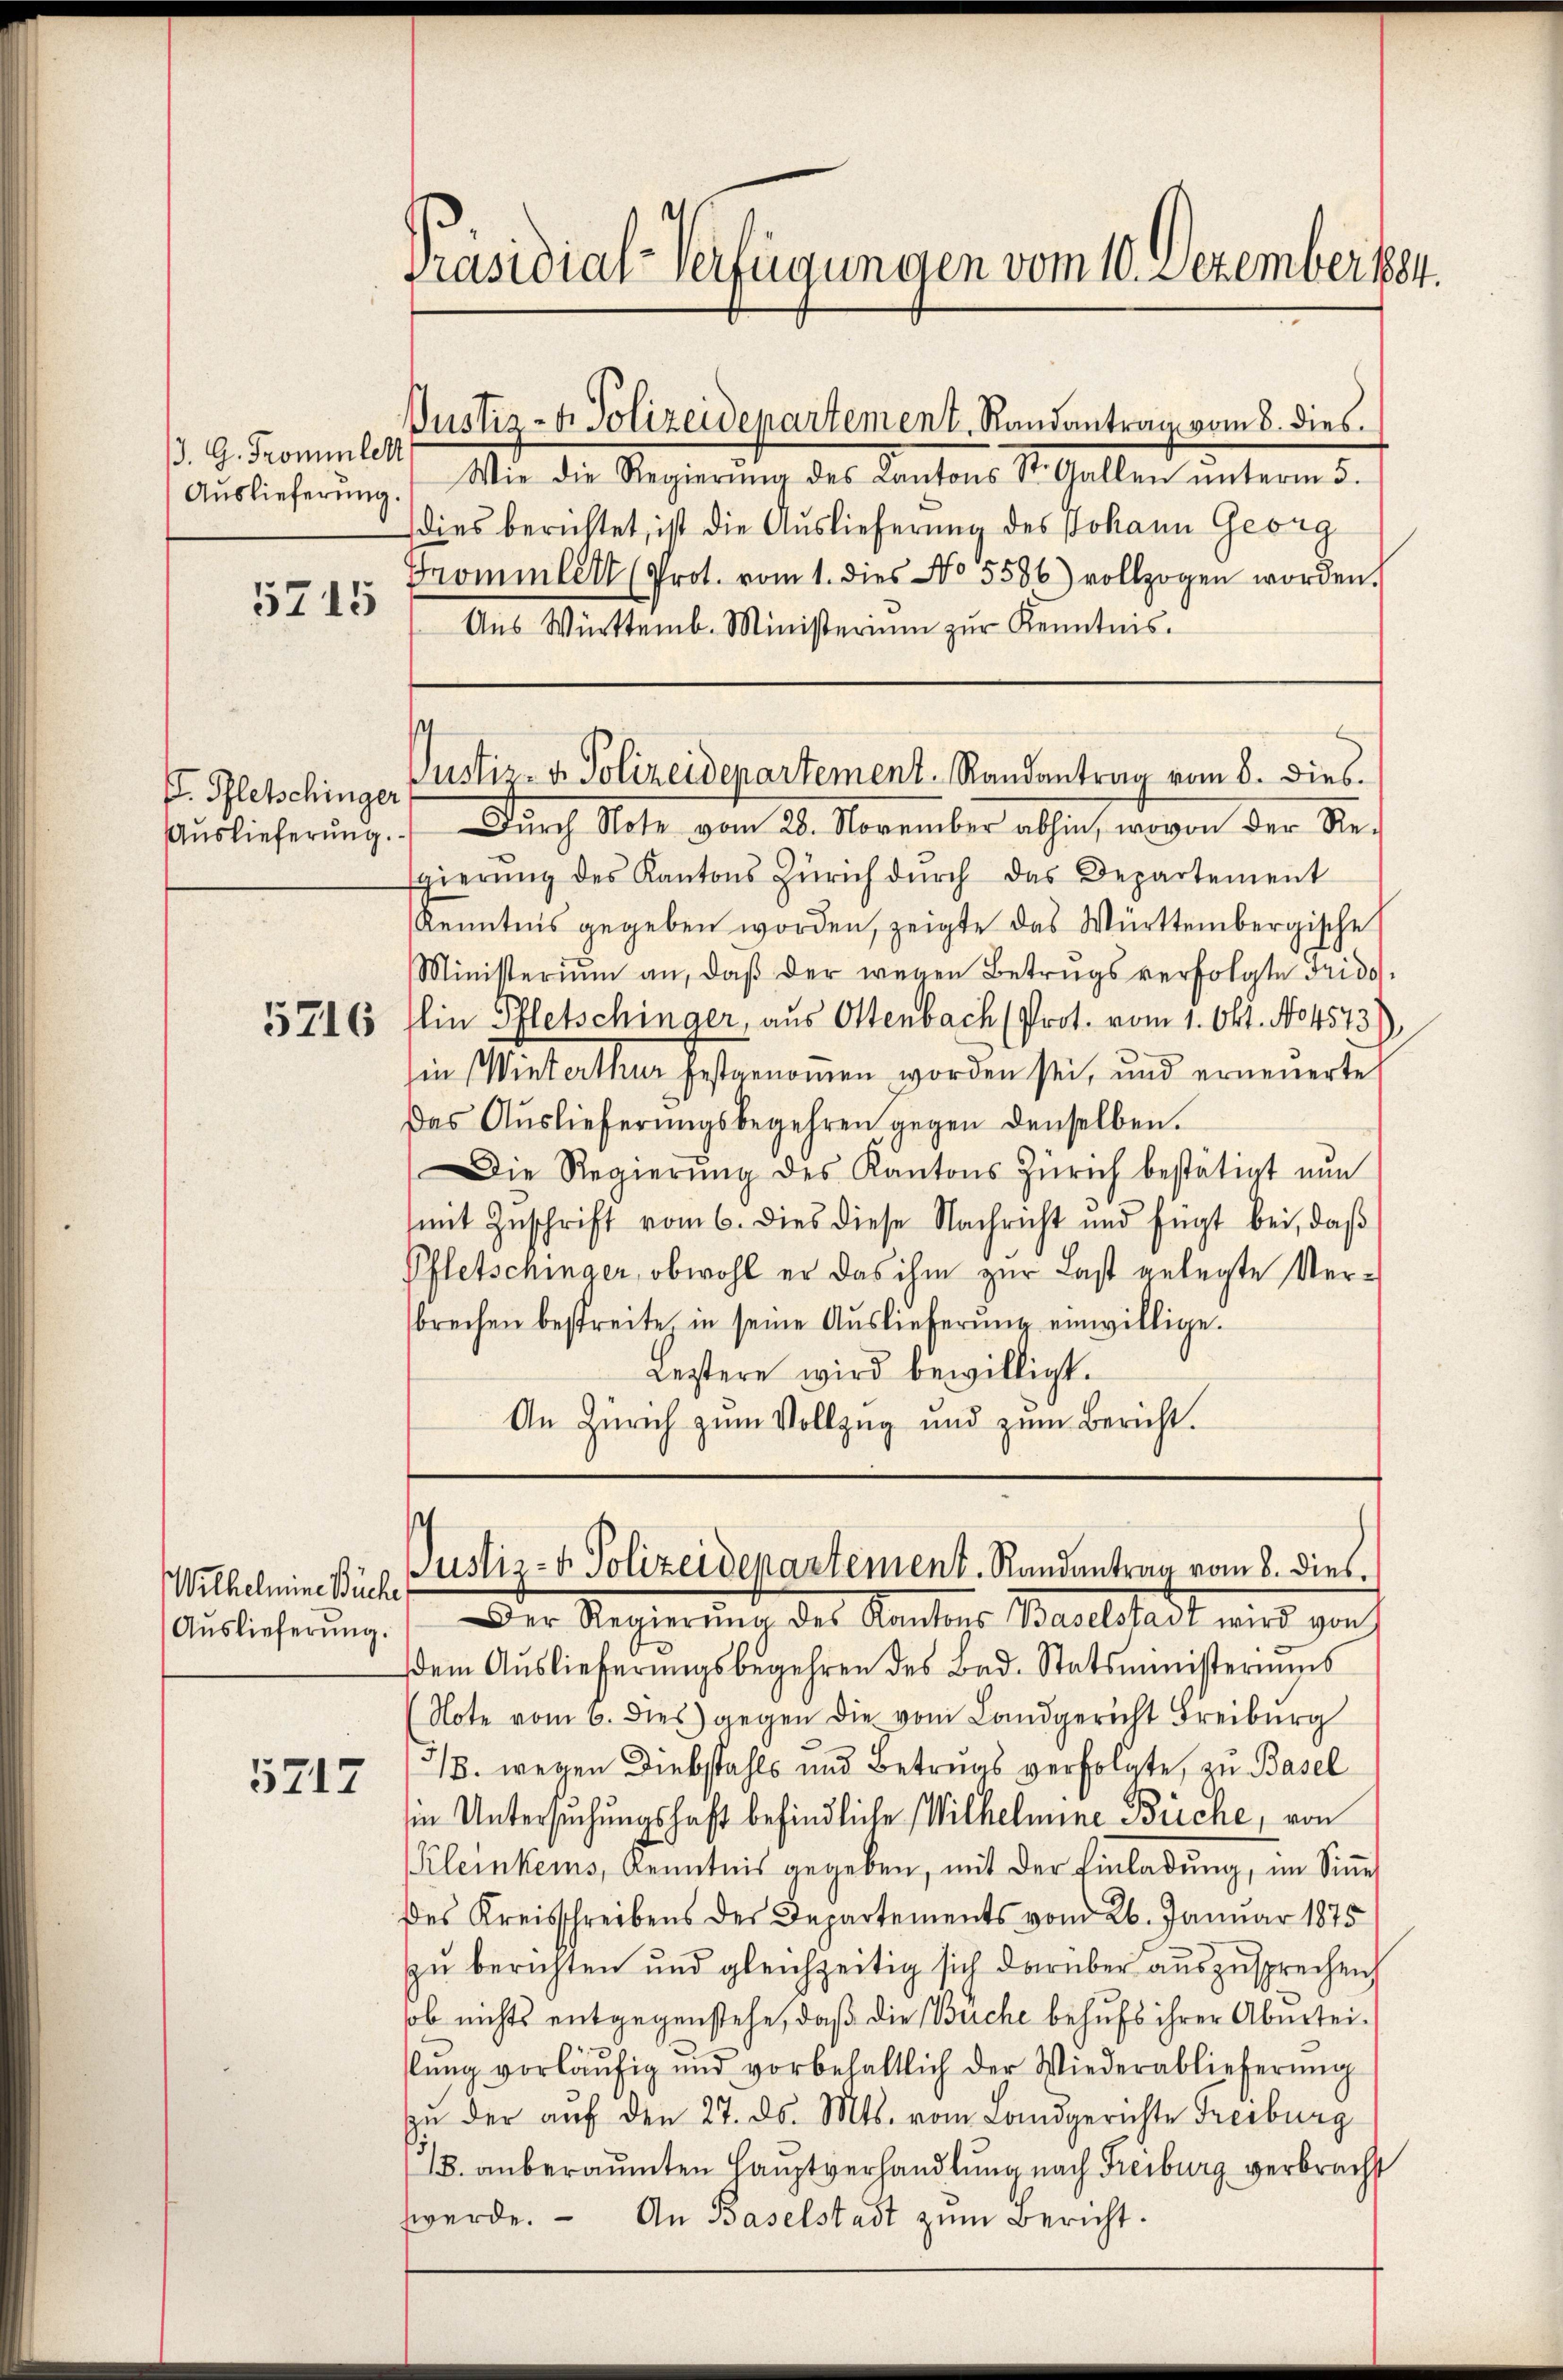
5745

5716

Wilhelmine Büche,
Auslieferung.

5717

Präsidial-Verfügungen vom 10. Dezember 1884.

/3. G. Trominelt

. Pfletschinger

Justiz- & Polizeidepartement, Randantrag vom 8. dies

Aŭslieferŭng. Wie die Regierŭng des Kantons St. Gallen ŭnterm 5.
dies berichtet, ist die Auslieferung des Johann Georg
Grommler (Prot. vom 1. dies No 5586) vollzogen worden.
Aus Württemb. Ministerium zur Kenntnis.

Aŭslieferŭng.  Dŭrch Note vom 28. November abhin, wovon der Re-
sgierŭng des Kantons Zürich dŭrch das Departement
Kenntnis gegeben worden, zeigte das Württembergische
Ministerium an, daβ der wegen Betrugsverfolgte Frido
Ein Pfletschinger, aus Ottenbach (Prot. vom 1. Okt. No. 4573
in (Winterthur festgenommen worden sei, und erneuerte
Das Auslieferungsbegehren gegen denselben.
Die Regierŭng des Kantons Zürich bestätigt nŭn
mit Zŭschrift vom 6. dies diese Nachricht und fügt bei, daβ
Pfletschinger, obwohl er das ihm zur Last gelegte Verbrechen bestreite in seine Auslieferung einwillige.
Lestere wird bewilligt.
An Zürich zum Vollzug und zum Bericht.

s
Justiz- & Polizeidepartement. Randantrag vom 8. dies

s
Justiz- & Polizeidepartement. Randantrag vom 8. dies,

Der Regierung des Kantons Balstadt wird gesch
dem Auslieferŭngsbegehren des Bad. Statsministeriums
Note vom 6. dies gegen die vom Landgericht Freiburg
3/8. wegen Diebstahls und Betrugs verfolgte, zu Basel
in Untersuchungshaft befindliche Wilhelmine Büche, von
Kleinkens, Kenntnis gegeben, mit der Einladung, im Sinne
des Kreisschreibens des Departements vom 26. Januar 1875
zu berichten und gleichzeitig sich darüber auszusprechen
sob nichts entgegenstehe, daß die Büche behufs ihrer Aburteislung vorläŭfig und vorbehaltlich der Wiederablieferung
zŭ der aŭf den 27. ds. Mts. vom Landgerichte Freiburg
/8. anberaumten Hauptverhandlung nach Freiburg verbracht
werde. - An Baselstadt zum Bericht.